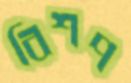
বিশপ